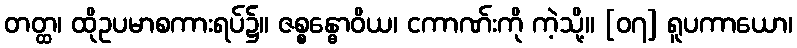
တတ္ထ၊ ထိုဥပမာစကားရပ်၌။ ဇစ္စန္ဓောဝိယ၊ ငကာဏ်းကို ကဲ့သို့။ [၀၇] ရူပကာယော၊